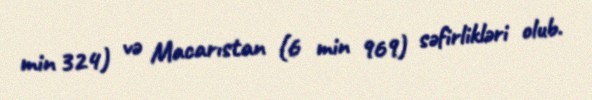
min 324) və Macarıstan (6 min 969) səfirlikləri olub.